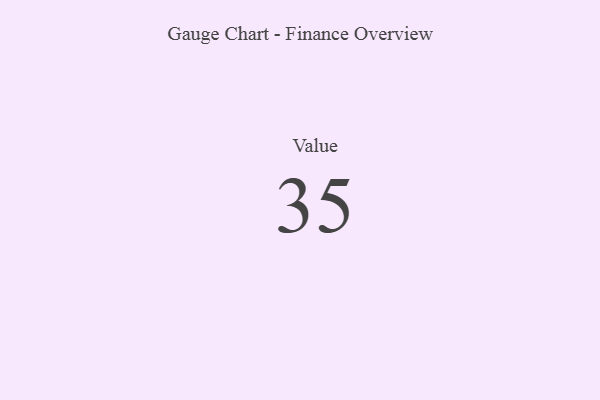
{"axis": {"x": "Metric", "y": "Value"}, "legend": [""], "data": [{"x": "Value", "y": 35, "type": ""}]}